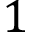
1